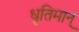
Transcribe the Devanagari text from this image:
धृतिमान्‌